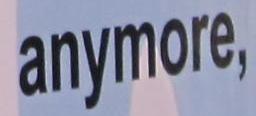
anymore